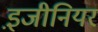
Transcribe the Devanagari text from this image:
इ़जीनियर